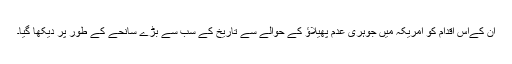
اُن کےاس اقدام کو امریکہ میں جوہری عدم پھیلاؤ کے حوالے سے تاریخ کے سب سے بڑے سانحے کے طور پر دیکھا گیا۔